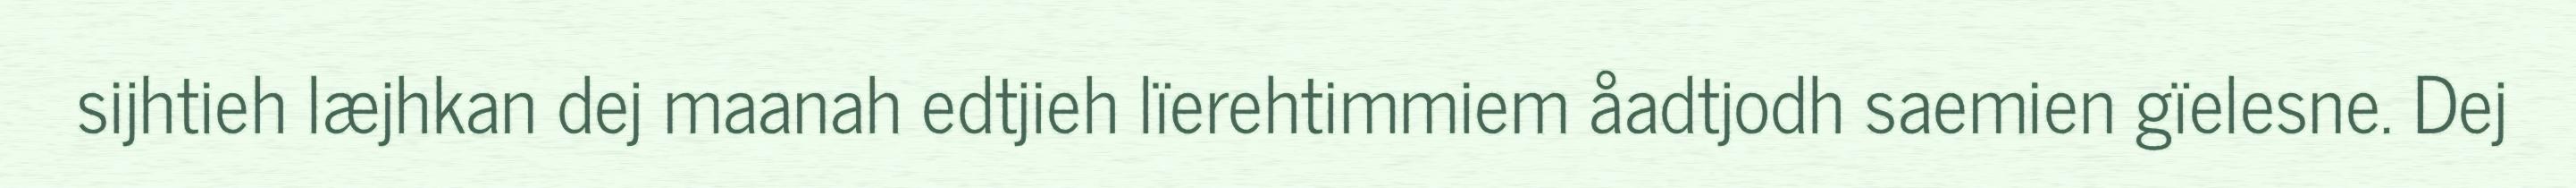
sijhtieh læjhkan dej maanah edtjieh lïerehtimmiem åadtjodh saemien gïelesne. Dej